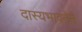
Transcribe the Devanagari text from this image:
दास्यभावनेने